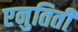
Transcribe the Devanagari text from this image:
एनुतिती